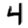
Digit: 4